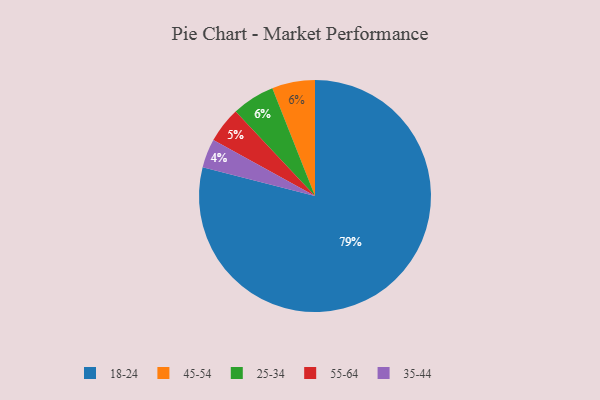
{"axis": {"x": "Category", "y": "Percentage"}, "legend": ["18-24", "25-34", "35-44", "45-54", "55-64"], "data": [{"x": "35-44", "y": 4, "type": "35-44"}, {"x": "55-64", "y": 5, "type": "55-64"}, {"x": "18-24", "y": 79, "type": "18-24"}, {"x": "45-54", "y": 6, "type": "45-54"}, {"x": "25-34", "y": 6, "type": "25-34"}]}